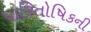
પારિતોષિકની